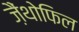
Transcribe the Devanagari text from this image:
ज़ैंथोफिल